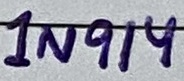
Text: 1N914